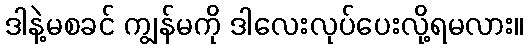
ဒါနဲ့မစခင် ကျွန်မကို ဒါလေးလုပ်ပေးလို့ရမလား။